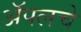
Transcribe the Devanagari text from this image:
ॲपलचे